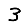
Digit: 3